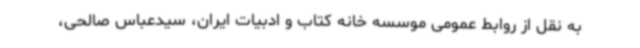
به نقل از روابط عمومی موسسه خانه کتاب و ادبیات ایران،‌ سیدعباس صالحی،